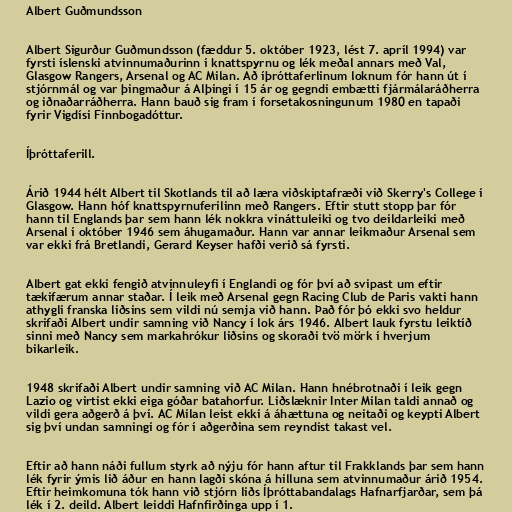
Albert Guðmundsson

Albert Sigurður Guðmundsson (fæddur 5. október 1923, lést 7. apríl 1994) var
fyrsti íslenski atvinnumaðurinn í knattspyrnu og lék meðal annars með Val,
Glasgow Rangers, Arsenal og AC Milan. Að íþróttaferlinum loknum fór hann út í
stjórnmál og var þingmaður á Alþingi í 15 ár og gegndi embætti fjármálaráðherra
og iðnaðarráðherra. Hann bauð sig fram í forsetakosningunum 1980 en tapaði
fyrir Vigdísi Finnbogadóttur.

Íþróttaferill.

Árið 1944 hélt Albert til Skotlands til að læra viðskiptafræði við Skerry's College í
Glasgow. Hann hóf knattspyrnuferilinn með Rangers. Eftir stutt stopp þar fór
hann til Englands þar sem hann lék nokkra vináttuleiki og tvo deildarleiki með
Arsenal í október 1946 sem áhugamaður. Hann var annar leikmaður Arsenal sem
var ekki frá Bretlandi, Gerard Keyser hafði verið sá fyrsti.

Albert gat ekki fengið atvinnuleyfi í Englandi og fór því að svipast um eftir
tækifærum annar staðar. Í leik með Arsenal gegn Racing Club de Paris vakti hann
athygli franska liðsins sem vildi nú semja við hann. Það fór þó ekki svo heldur
skrifaði Albert undir samning við Nancy í lok árs 1946. Albert lauk fyrstu leiktíð
sinni með Nancy sem markahrókur liðsins og skoraði tvö mörk í hverjum
bikarleik.

1948 skrifaði Albert undir samning við AC Milan. Hann hnébrotnaði í leik gegn
Lazio og virtist ekki eiga góðar batahorfur. Liðslæknir Inter Milan taldi annað og
vildi gera aðgerð á því. AC Milan leist ekki á áhættuna og neitaði og keypti Albert
sig því undan samningi og fór í aðgerðina sem reyndist takast vel.

Eftir að hann náði fullum styrk að nýju fór hann aftur til Frakklands þar sem hann
lék fyrir ýmis lið áður en hann lagði skóna á hilluna sem atvinnumaður árið 1954.
Eftir heimkomuna tók hann við stjórn liðs Íþróttabandalags Hafnarfjarðar, sem þá
lék í 2. deild. Albert leiddi Hafnfirðinga upp í 1.